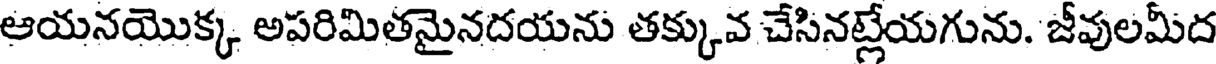
ఆయనయొక్క అపరిమితమైనదయను తక్కువ చేసినట్లేయగును. జీవులమీద